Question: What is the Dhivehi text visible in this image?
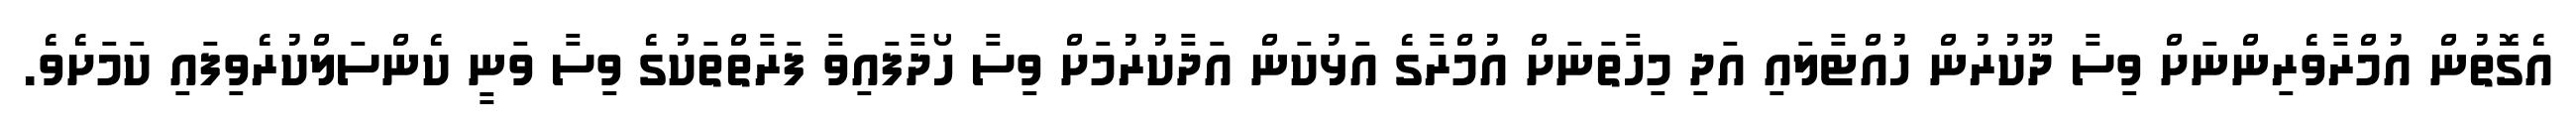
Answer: އެގޮތުން އުމްރާވެރިންނަށް ވިސާ ދޫކުރުން ހުއްޓާލައި އަދި މިހާތަނަށް އުމްރާގެ އަޅުކަން އަދާކުރުމަށް ވިސާ ހޯދާފައިވާ ފަރާތްތަކުގެ ވިސާ ވަނީ ކެންސަލްކުރެވިފައި ކަމަށެވެ.